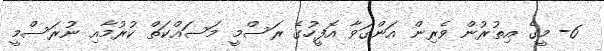
6- މީގެ އިތުރުން ވެރިން އަންގަވާ އޮފީހުގެ ރަސްމީ މަސައްކަތް ކުރުމާއި ނުރަސްމީ